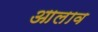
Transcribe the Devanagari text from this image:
आलाव